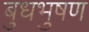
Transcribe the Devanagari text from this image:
बुधभुषण